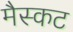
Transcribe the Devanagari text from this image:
मैस्कट